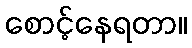
စောင့်နေရတာ။